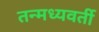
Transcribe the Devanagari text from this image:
तन्मध्यवर्ती